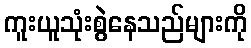
ကူးယူသုံးစွဲနေသည်များကို